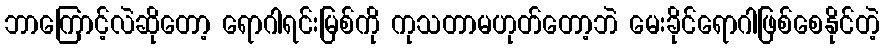
ဘာကြောင့်လဲဆိုတော့ ရောဂါရင်းမြစ်ကို ကုသတာမဟုတ်တော့ဘဲ မေးခိုင်ရောဂါဖြစ်စေနိုင်တဲ့